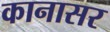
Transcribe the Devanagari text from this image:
कानासर